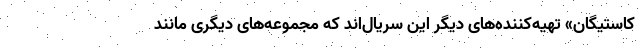
کاستیگان» تهیه‌کننده‌های دیگر این سریال‌اند که مجموعه‌های دیگری مانند